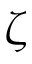
\zeta